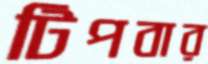
টিপবার